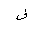
Letter: _fa